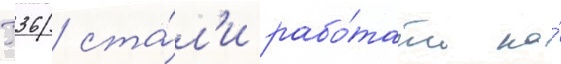
П36 ста́л'и рабо́тать на́